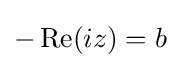
-\operatorname {Re} (iz)=b